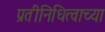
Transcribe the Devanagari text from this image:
प्रतीनिधित्वाच्या